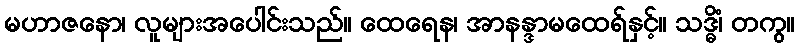
မဟာဇနော၊ လူများအပေါင်းသည်။ ထေရေန၊ အာနန္ဒာမထေရ်နှင့်။ သဒ္ဓိံ၊ တကွ။